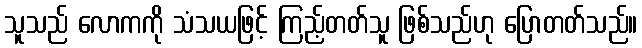
သူသည် လောကကို သံသယဖြင့် ကြည့်တတ်သူ ဖြစ်သည်ဟု ပြောတတ်သည်။